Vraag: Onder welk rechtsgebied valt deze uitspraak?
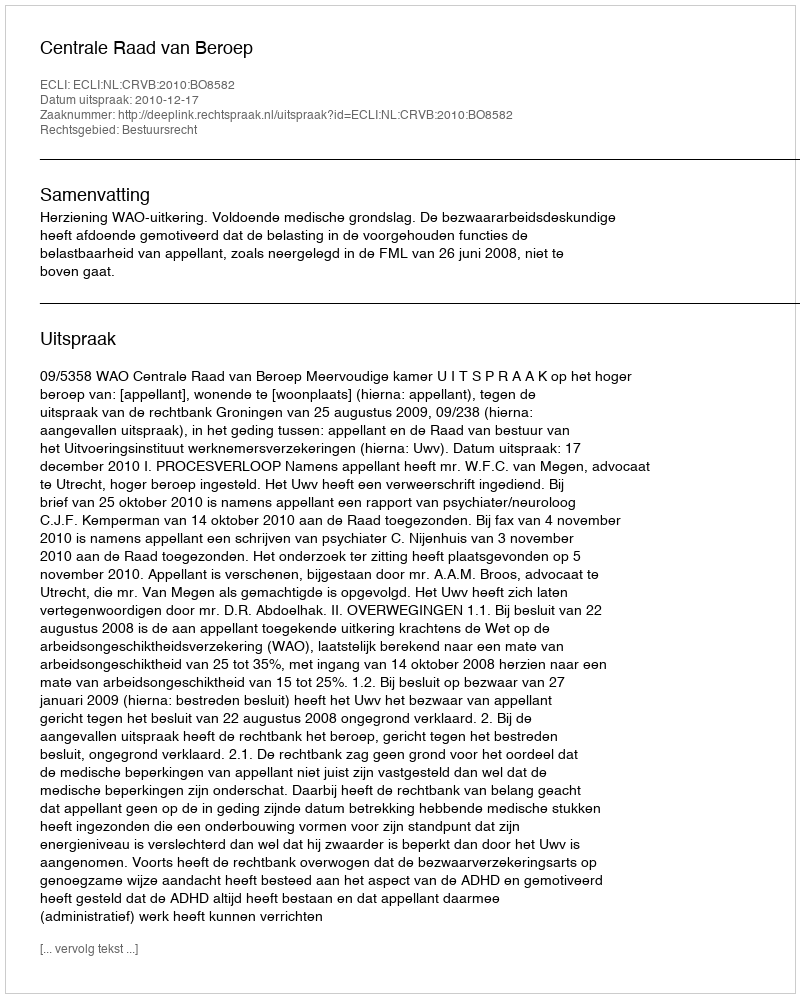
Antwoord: Bestuursrecht